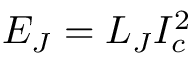
E _ { J } = L _ { J } I _ { c } ^ { 2 }